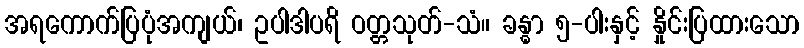
အရကောက်ပြပုံအကျယ်၊ ဥပါဒါပရိ ဝတ္တသုတ်-သံ။ ခန္ဓာ ၅-ပါးနှင့် နှိုင်းပြထားသော